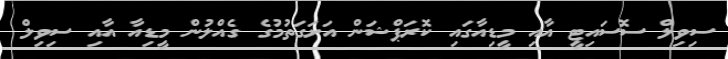
ސިވިލް ސޮސައިޓީ އާއި މީޑިއާގައި ކޮރަޕްޝަން އަށަގަތުމުގެ ގެއްލުން މީޑިއާ އާއި ސިވިލް